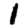
Digit: 1